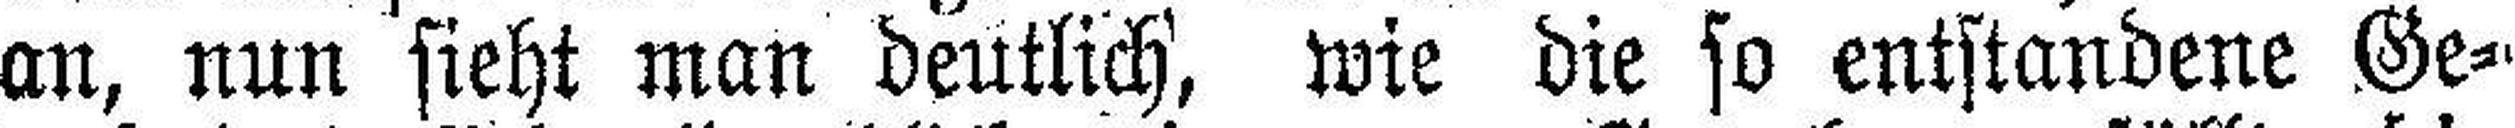
an, nun sieht man deutlich, wie die so entstandene Ge¬